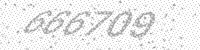
Solution: 666709